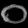
Digit: ၀